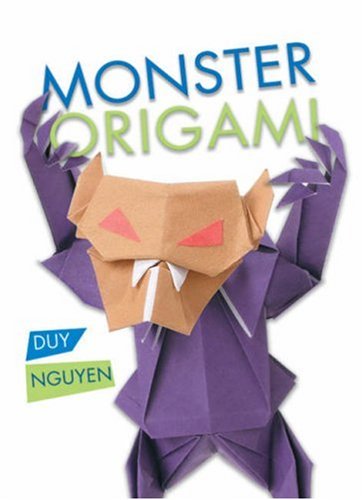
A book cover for Monster Origami; Duy Nguyen; Teen & Young Adult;